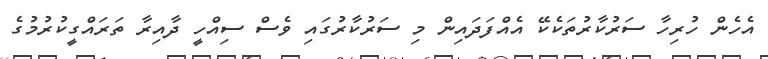
އެހެން ހުރިހާ ސަރުކާރުތަކެކޭ އެއްފަދައިން މި ސަރުކާރުގައި ވެސް ސިއްހީ ދާއިރާ ތަރައްގީކުރުމުގެ